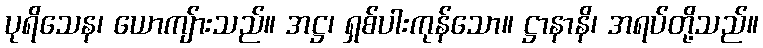
ပုရိသေန၊ ယောကျ်ားသည်။ အဋ္ဌ၊ ရှစ်ပါးကုန်သော။ ဋ္ဌာနာနိ၊ အရပ်တို့သည်။